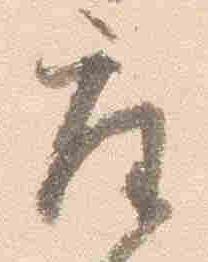
座